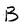
Character: B